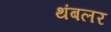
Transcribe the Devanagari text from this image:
थंबलर